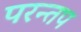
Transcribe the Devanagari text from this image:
परन्तप